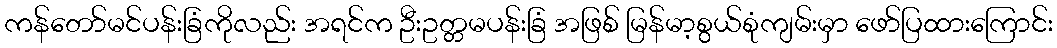
ကန်တော်မင်ပန်းခြံကိုလည်း အရင်က ဦးဥတ္တမပန်းခြံ အဖြစ် မြန်မာ့စွယ်စုံကျမ်းမှာ ဖော်ပြထားကြောင်း